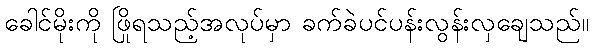
ခေါင်မိုးကို ဖြိုရသည့်အလုပ်မှာ ခက်ခဲပင်ပန်းလွန်းလှချေသည်။